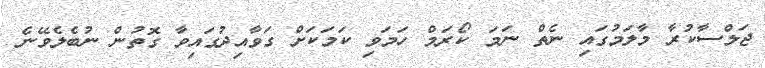
ޖަލްސާކުރާ މާލަމުގައި ނެތް ނަމަ ކޯރަމް ހަމަވި ކަމަކަށް ގަވާއިދުގައިވާ ގޮތުން ނުބެލެވޭނެ